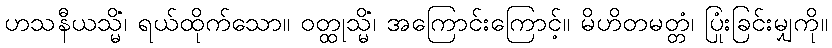
ဟသနီယသ္မိံ၊ ရယ်ထိုက်သော။ ဝတ္ထုသ္မိံ၊ အကြောင်းကြောင့်။ မိဟိတမတ္တံ၊ ပြုံးခြင်းမျှကို။